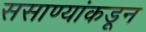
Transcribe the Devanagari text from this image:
ससाण्यांकडून